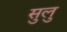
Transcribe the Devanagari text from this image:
सुलु